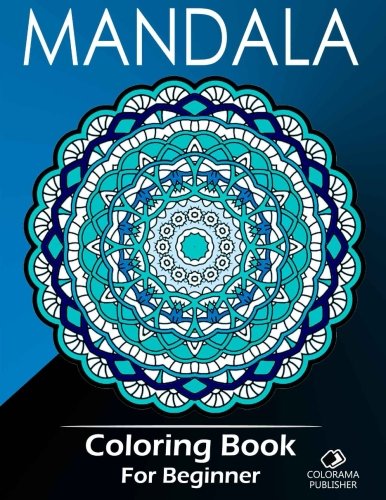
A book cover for Mandala Coloring Book For Beginner: Stress Relieving Patterns : Colorama Publishing - Coloring Books For Adults ,Mandala coloring books (Volume 3); Mandala Coloring Book For Beginner; Arts & Photography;